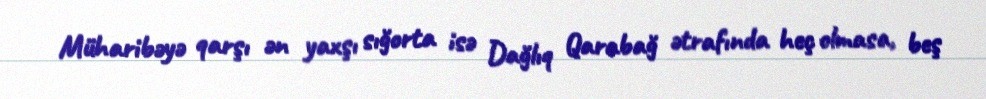
Müharibəyə qarşı ən yaxşı sığorta isə Dağlıq Qarabağ ətrafında heç olmasa, beş